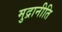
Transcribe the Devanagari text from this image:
मुद्रानीति